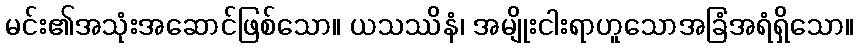
မင်း၏အသုံးအဆောင်ဖြစ်သော။ ယသဿိနံ၊ အမျိုးငါးရာဟူသောအခြံအရံရှိသော။